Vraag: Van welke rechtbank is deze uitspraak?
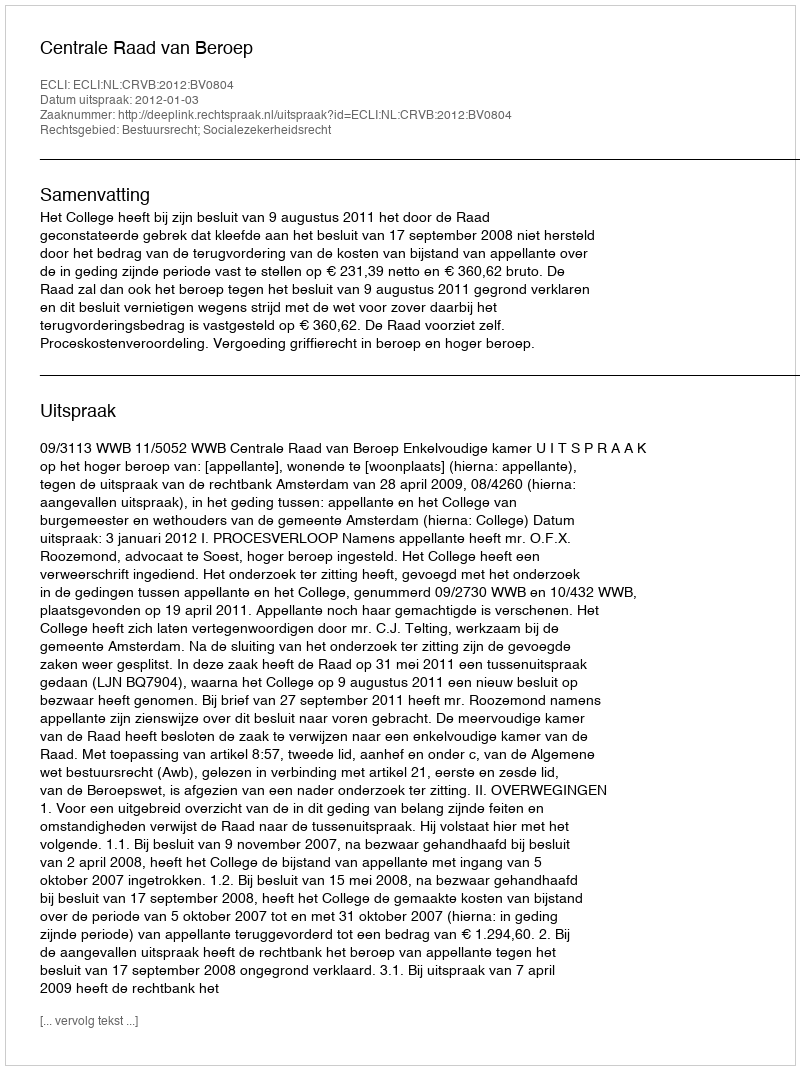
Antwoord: Centrale Raad van Beroep